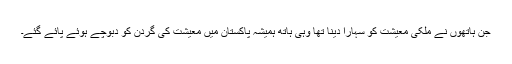
جن ہاتھوں نے ملکی معیشت کو سہارا دینا تھا وہی ہاتھ ہمیشہ پاکستان میں معیشت کی گردن کو دبوچے ہوئے پائے گئے۔